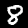
Label: 8